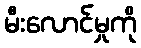
မီးလောင်မှုကို